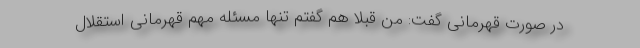
در صورت قهرمانی گفت: من قبلا هم گفتم تنها مسئله مهم قهرمانی استقلال